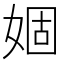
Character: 婟